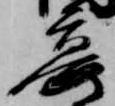
宴